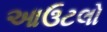
આઉટલો